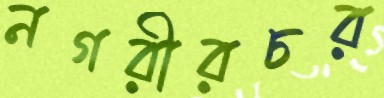
নগরীরচর